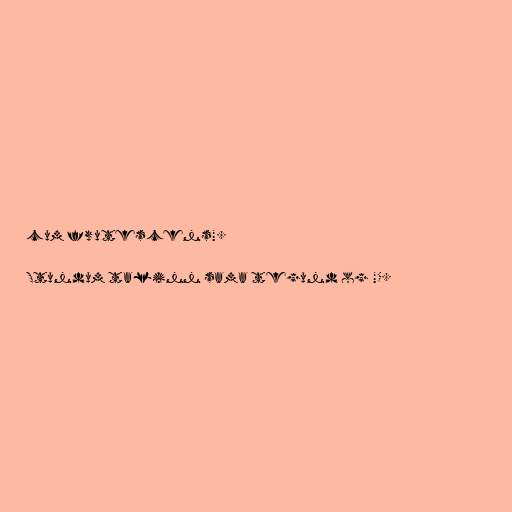
cum frutescens".

Stundum talinn sama tegund og "C.